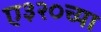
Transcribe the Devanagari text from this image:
ए३२०च्या